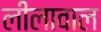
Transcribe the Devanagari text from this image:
लीलावाल